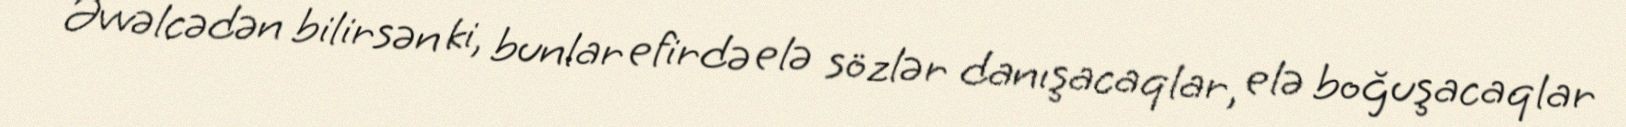
Əvvəlcədən bilirsən ki, bunlar efirdə elə sözlər danışacaqlar, elə boğuşacaqlar